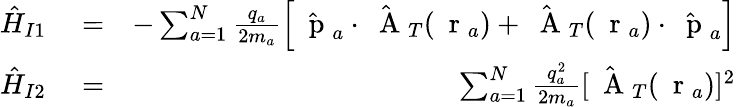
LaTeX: \begin{array}{rlr}{\hat{H}_{I1}}&{{}=}&{-\sum_{a=1}^{N}\frac{q_{a}}{2m_{a}}\left[\hat{\mathrm{~\mathbf~p~}}_{a}\cdot\hat{\mathrm{~\mathbf~A~}}_{T}(\mathrm{~\mathbf~r~}_{a})+\hat{\mathrm{~\mathbf~A~}}_{T}(\mathrm{~\mathbf~r~}_{a})\cdot\hat{\mathrm{~\mathbf~p~}}_{a}\right]}\\ {\hat{H}_{I2}}&{{}=}&{\sum_{a=1}^{N}\frac{q_{a}^{2}}{2m_{a}}[\hat{\mathrm{~\mathbf~A~}}_{T}(\mathrm{~\mathbf~r~}_{a})]^{2}}\end{array}